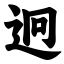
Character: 迥